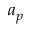
a _ { p }